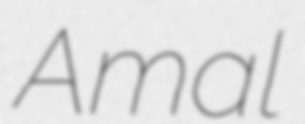
Amal